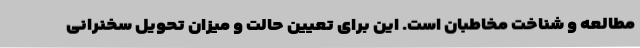
مطالعه و شناخت مخاطبان است. این برای تعیین حالت و میزان تحویل سخنرانی